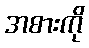
အစားကို